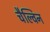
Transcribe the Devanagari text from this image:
चैल्विन